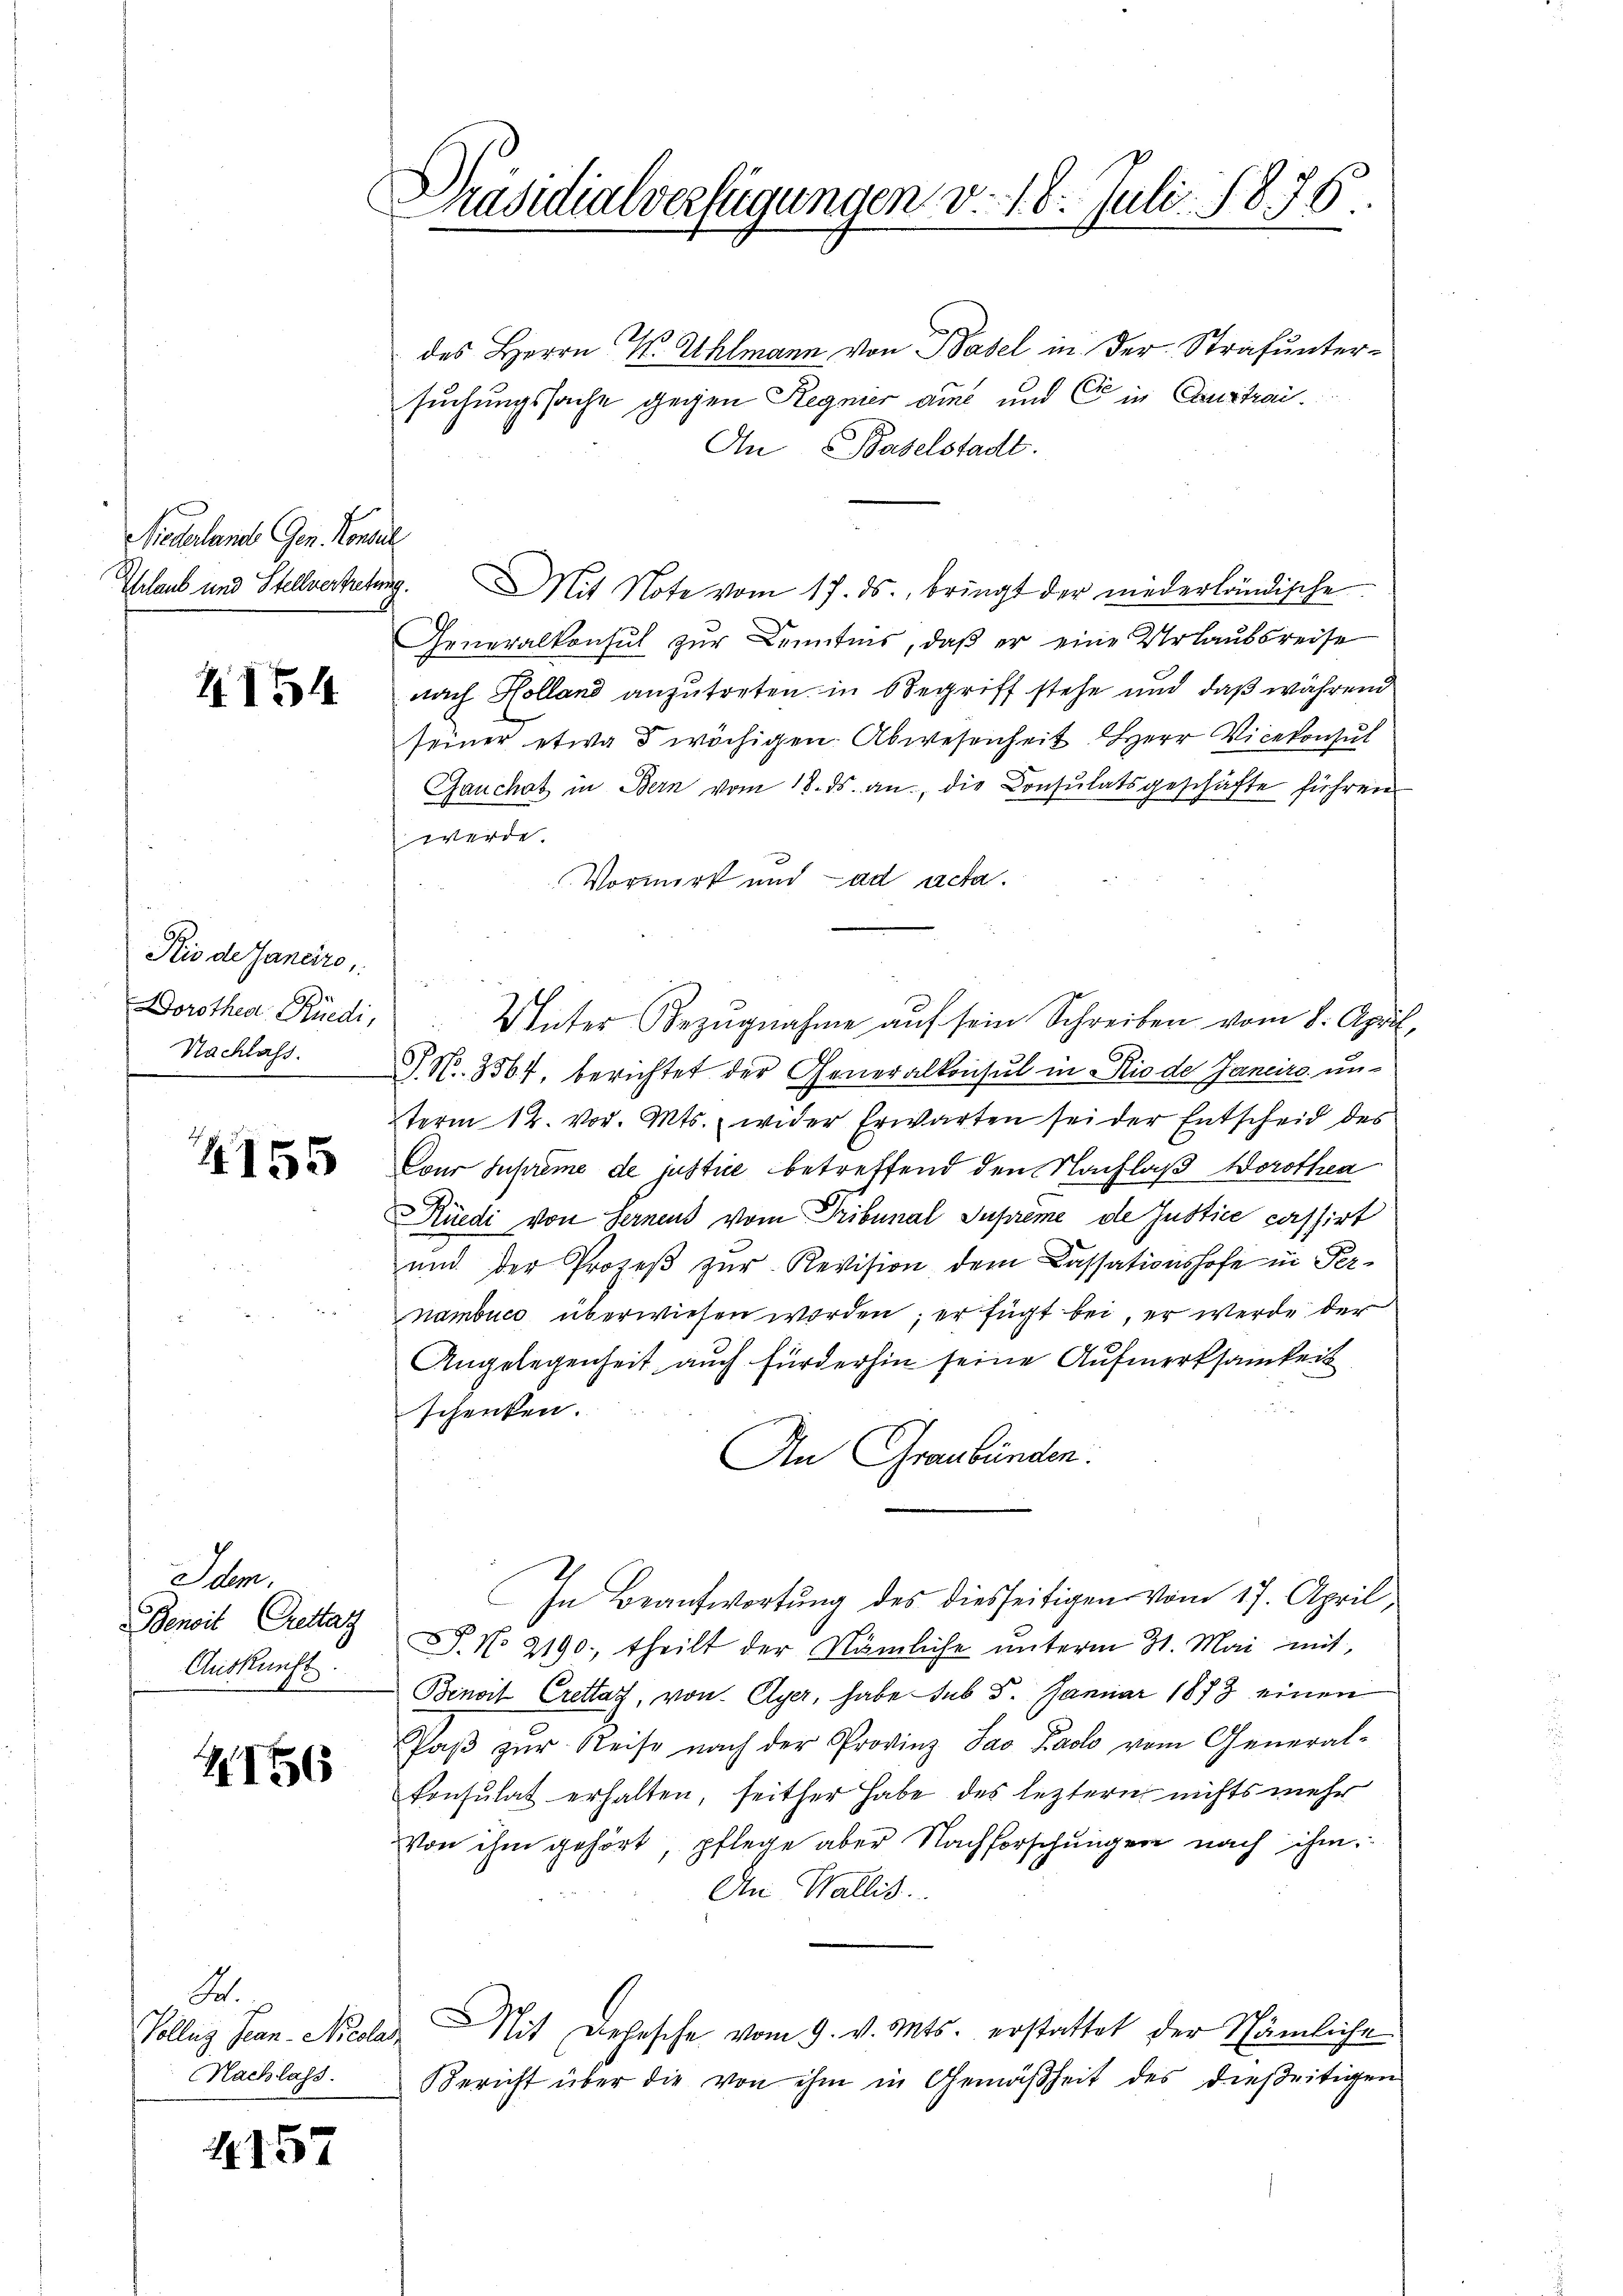
Niederland Gen. Konsul

4154

Kio de Janeiro,
Dorothen Rüedi,
Nachlass.

4155

Idem.
Benoit Gestat
Auskunft.

Z. 156

des Herrn M. Ahlmann von Basel in der Strafuntersuchungssache gegen Regnier aus und C in Coustrai¬
An Baselstadt.
Thlaub und Stellvertretung. Mit Note vom 17. ds., bringt der niederländische
Generalkonsul zur Kenntnis, daß er eine Urlaubsreise
nach Kolland anzutreten in Begriff stehe und daß während
seiner etwa 3 wöchigen Abwesenheit Herr Vicekonsul
Jauchet in Bern vom 18. ds. an, die Consulatsgeschäfte führen
werde.
Vormirk und ad acta.

Unter Bezŭgnahme aŭf sein Schreiben vom 8. April,
§ N. 3564, berichtet der Generalkonsul in Rio de Janeiro unterm 12. vor. Mts. wider Erwarten sei der Entscheid des
Cour Supreme de justice betreffend den Nachlaß Dorothea
Rüedi von Fernens vom Tribunal Supreme de Justice cassirt
und der Prozeß zur Revision dem Cassationshofe in Pernambuce überwiesen worden; er fügt bei, er werde der
Angelegenheit auch fürderhin seine Aufmerksamkeit
schenken.
An Graubünden.
In Beantwortung des diesseitigen vom 17. April,
S. No 2190. theilt der Nämliche unterm 31. Mai mit,
Benoit Crettag, von Cyer, habe sub 8. Januar 1873 einen
Paβ zŭr Reise nach der Provinz Lao Facto vom General-
Consulat erhalten, seither habe des leztern nichts mehr
Von ihm gehört, pflege aber Nachforschungen nach ihm.
An Wallis.
Tolleg Jean Nicola Mit Dehnsche vom 9. v. Mts. erstattet der Nämliche
Bericht über die von ihm in Gemäßheit des dießeitigen

S.
Nachlass

4157

Präsidialverfügungen v. 18. Juli 1876.